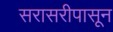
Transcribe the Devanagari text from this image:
सरासरीपासून